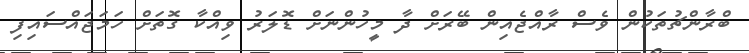
ބްރާންޗުތަކުން ވެސް ރާއްޖެއިން ބޭރަށް ދާ މީހުންނަށް ޑޮލަރު ވިއްކާ ގޮތަށް ހަމަޖައްސައިފި